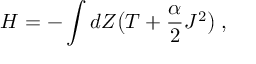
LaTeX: H = - \int d Z \bigl ( T + \frac { \alpha } { 2 } J ^ { 2 } \bigr ) \; ,